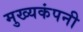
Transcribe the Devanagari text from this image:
मुख्यकंपनी